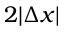
2 | \Delta x |